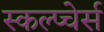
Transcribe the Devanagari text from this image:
स्कल्प्चेर्स